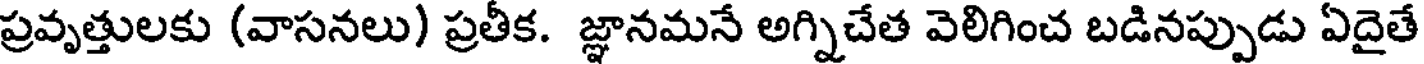
ప్రవృత్తులకు (వాసనలు) ప్రతీక. జ్ఞానమనే అగ్నిచేత వెలిగించ బడినప్పుడు ఏదైతే